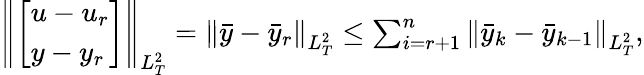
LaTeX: \begin{array}{r}{\left\| \left[\begin{array}{l}{u-u_{r}}\\ {y-y_{r}}\end{array}\right]\right\| _{L_{T}^{2}}=\left\| \bar{y}-\bar{y}_{r}\right\| _{L_{T}^{2}}\leq\sum_{i=r+1}^{n}\left\| \bar{y}_{k}-\bar{y}_{k-1}\right\| _{L_{T}^{2}},}\end{array}